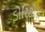
ડોરિટોસ